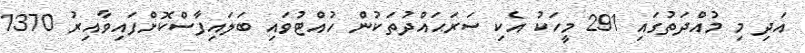
އަދި މި މުއްދަތުގައި 291 މީހަކު އެކި ސަރަޙައްދުތަކުން ހުއްޓުވައި ބަލައިފާސްކޮށްފައިވާއިރު 1370